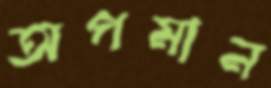
অপমান